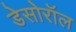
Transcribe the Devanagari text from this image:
डेसोरॉल